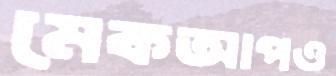
মেকআপও